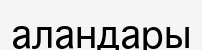
аландары